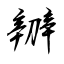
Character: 辧